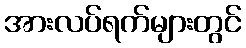
အားလပ်ရက်များတွင်